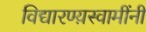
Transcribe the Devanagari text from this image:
विद्यारण्य़स्वामींनी